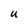
Character: U